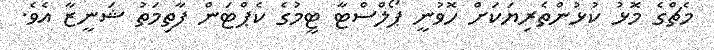
މެޗްގެ މޮޅު ކުޅުންތެރިޔަކަށް ހޮވުނީ ޕޯލްސްޓާ ޓީމުގެ ކެޕްޓަން ފާތިމަތު ޝަނީޒާ އެވެ.